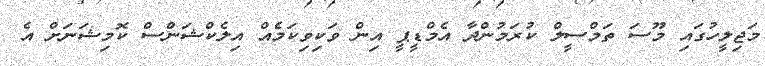
މަޖިލީހުގައި މޫސަ ތަމްސީލް ކުރަމުންދާ އެމްޑީޕީ އިން ވަކިވިކަމެއް އިލެކްޝަންސް ކޮމިޝަނަށް އެ